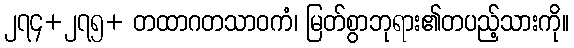
၂၇၄+၂၇၅+ တထာဂတသာဝကံ၊ မြတ်စွာဘုရား၏တပည့်သားကို။